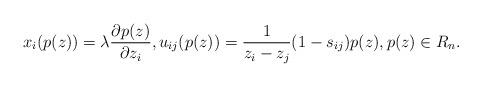
LaTeX: \begin{gather*}x_i(p(z))= \lambda {\partial p(z) \over \partial z_i}, u_{ij}(p(z))={1 \over z_i-z_j} (1-s_{ij}) p(z),p(z) \in R_n. \end{gather*}